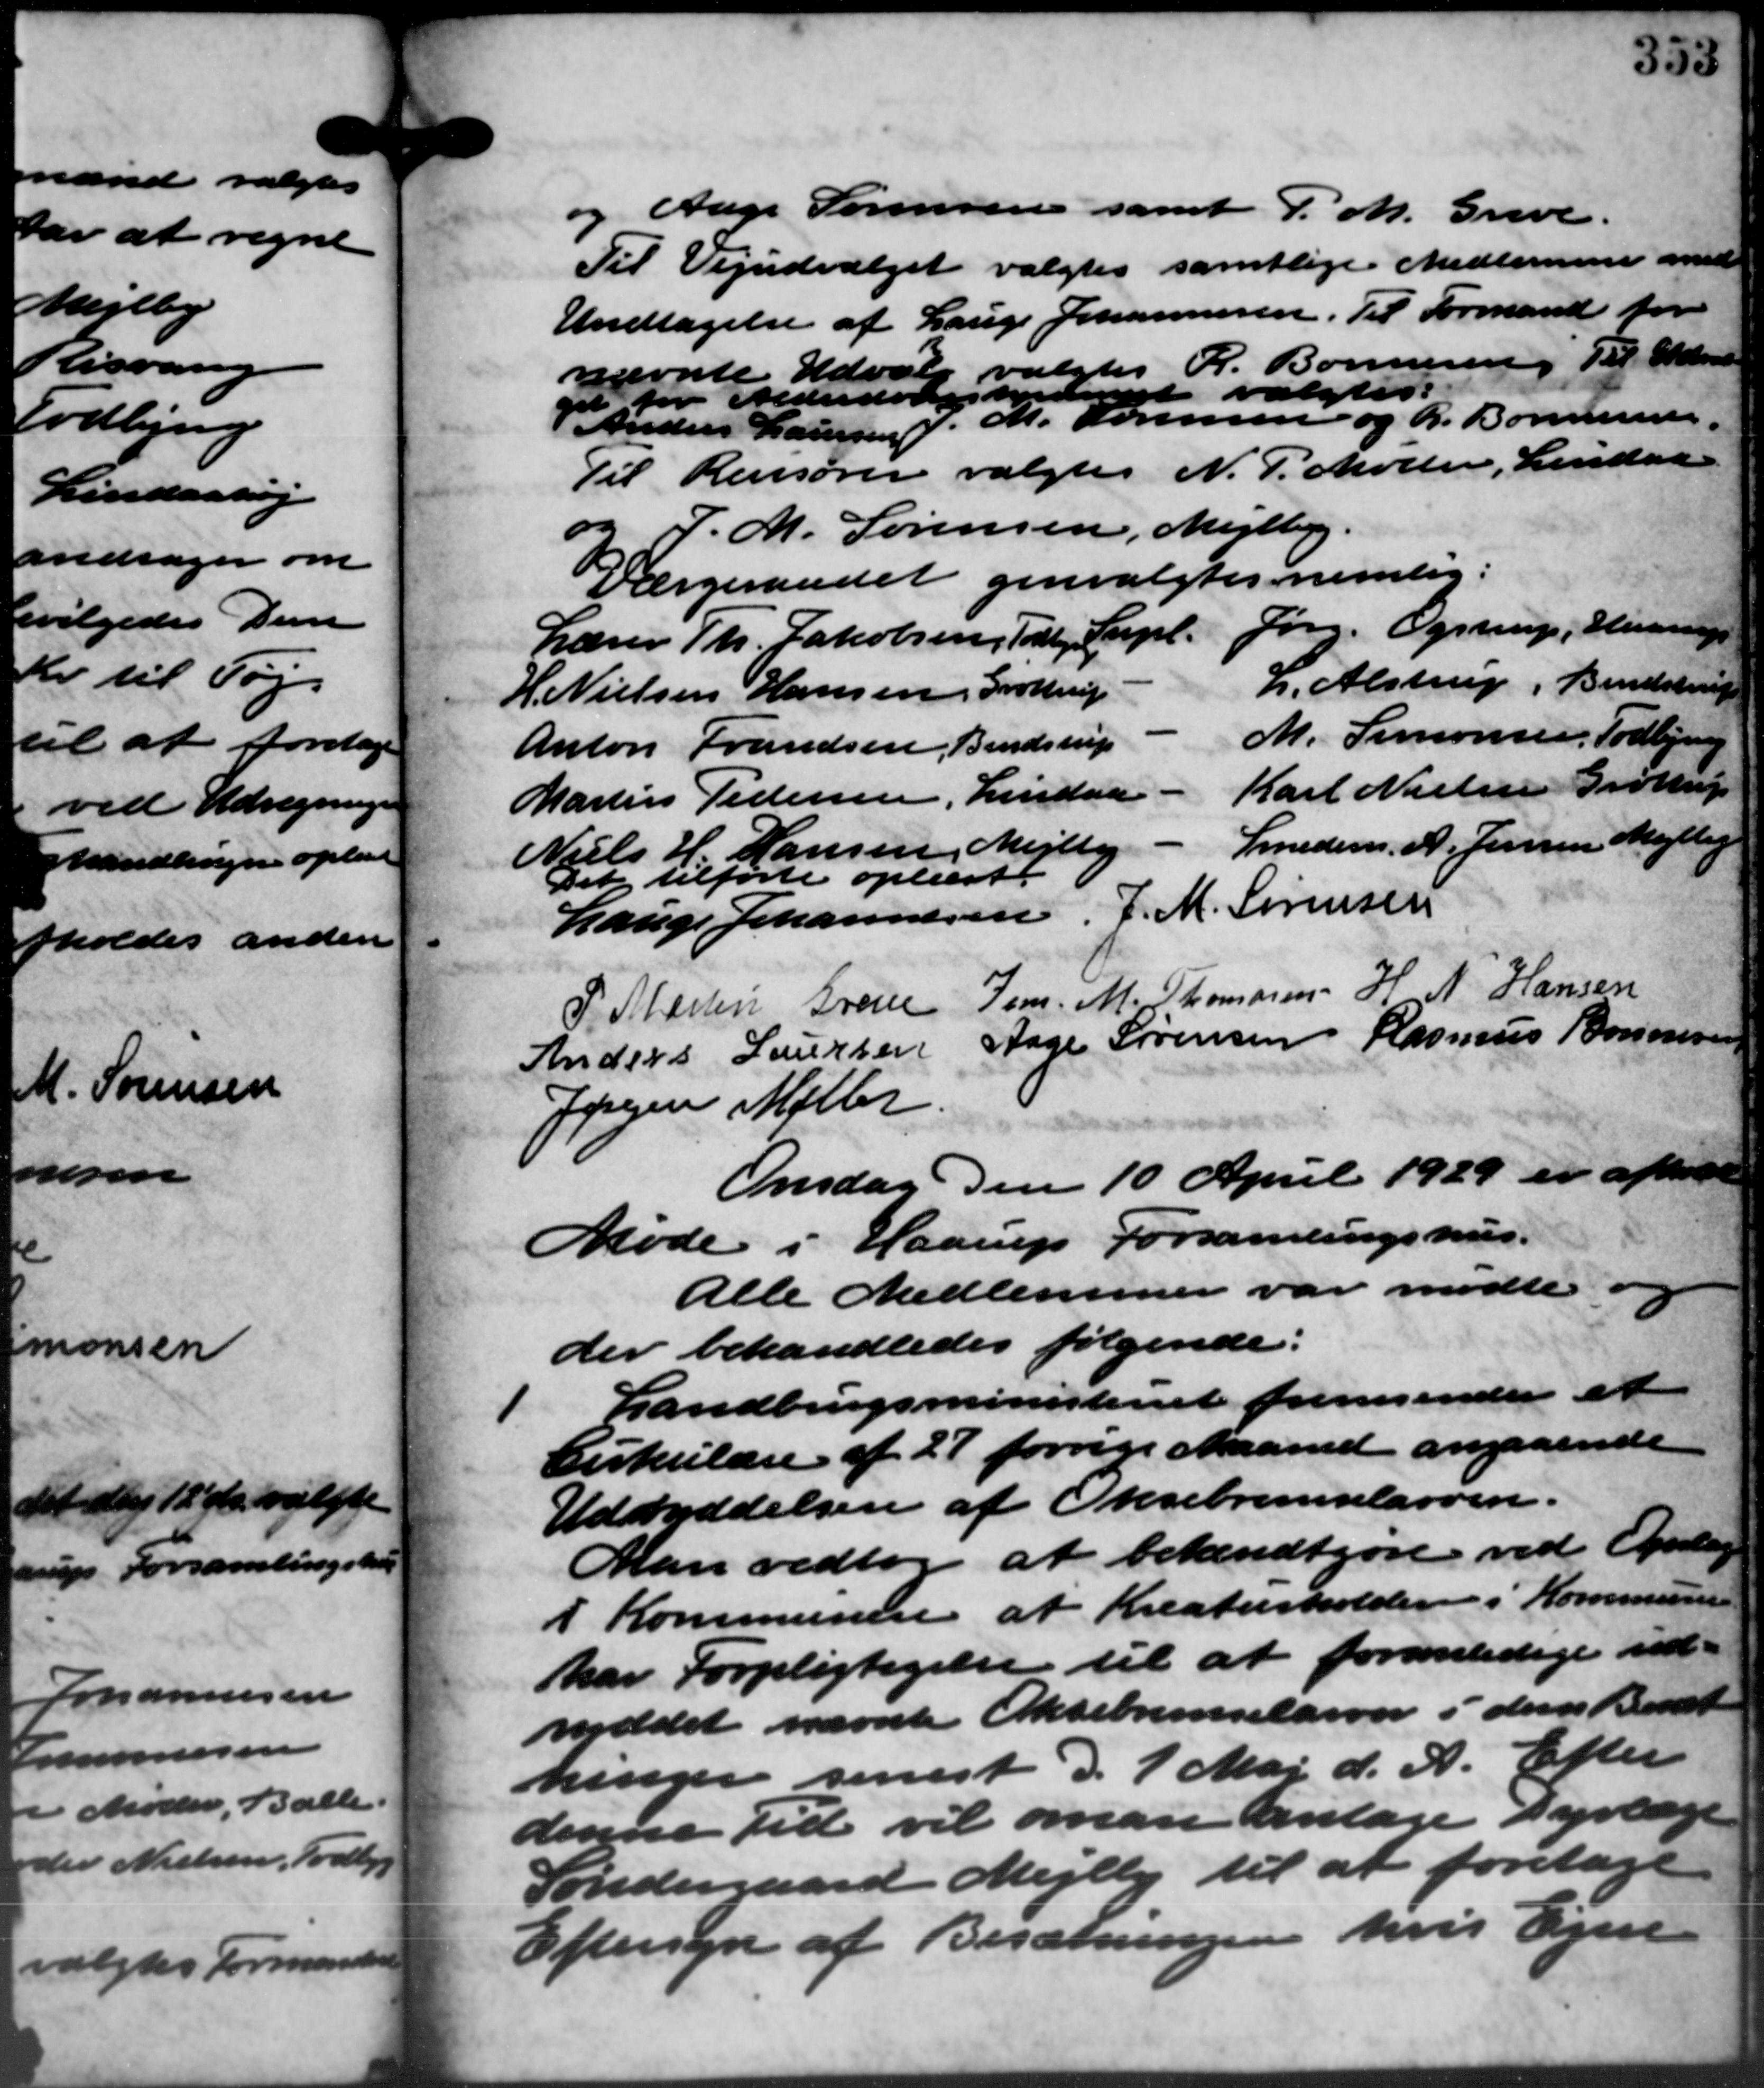
Transskription:
og Aage Sørensens samt P.M. Greve
Til Vejudvalget valgtes samtlige Medlemmer med
Undtagelse af Lauge Johannesen. Til Formand for
nævnte Udvalg valgtes R. Bonnesen, Til Udval
for Alderdomstedet valgtes:
V. Anders Laursen J. M. Sørensen og R. Bonnesen.
Til Revisorer valgtes N. P. Møller, Lindaa
P.M. Sørensen, Mejlby.
Værgeraadet genvalgtes nemlig:
Lærer Th. Jakobsen, Tal, Supl. Jørg. Ogstrup, Haarup
h. Alstrup, Bendstrup
H. Nielsen Hansen, Grøttrup
M. Simonsen, Todbjerg
Anton Frandsen, Bendstrup
Karl Nielsen Grøttrup
Martin Pedersen, Lindaa
Smedem. A. Jensen Mejlby
Niels H. Hansen, Mejlby
Det tilførte oplæst.
Lauge Johannesen, J. M. Sørensen
P. Madsen Grene Jens. M. Thomasen  H N Hansen
Anders Laursen Aage Sørensen Rasmus Bonnesen
Jørgen Møller
Onsdag den 10 April 1929 er afholdt
Møde i Haarup Forsamlingshus.
Alle Medlemmer var mødte o
der behandledes følgende:

Landbrugsministeriet fremsender et
Cirkulære af 27 forrige Maaned angaaende
Udryddelsen af Oksebremselarven.
Man vedtog at bekendtgøre ved Opslag
I Kommunen at Kreaturholder i Kommunen
har Forpligtigelse til at foranledige ind-
rddet nævnte Oksebremselarver i dens Besæt
kinger senest d. 1 Maj d. A. Efter
denne Tid vil man antage syrlæge
Søndergaard Mejlby til at foretage
Eftersyn af Besætningen hvis Ejen